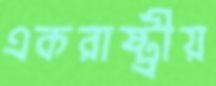
একরাষ্ট্রীয়